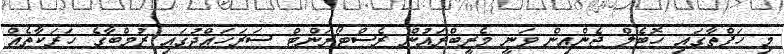
މި ހަފްތާގައި ހޮޓެލް ޖެންއިން ވަނީ މެރީބްރައުން ރެސްޓޯރަންޓް ސަރަހައްދުގައި ޒުމްބާގެ ހަރަކާތެއް